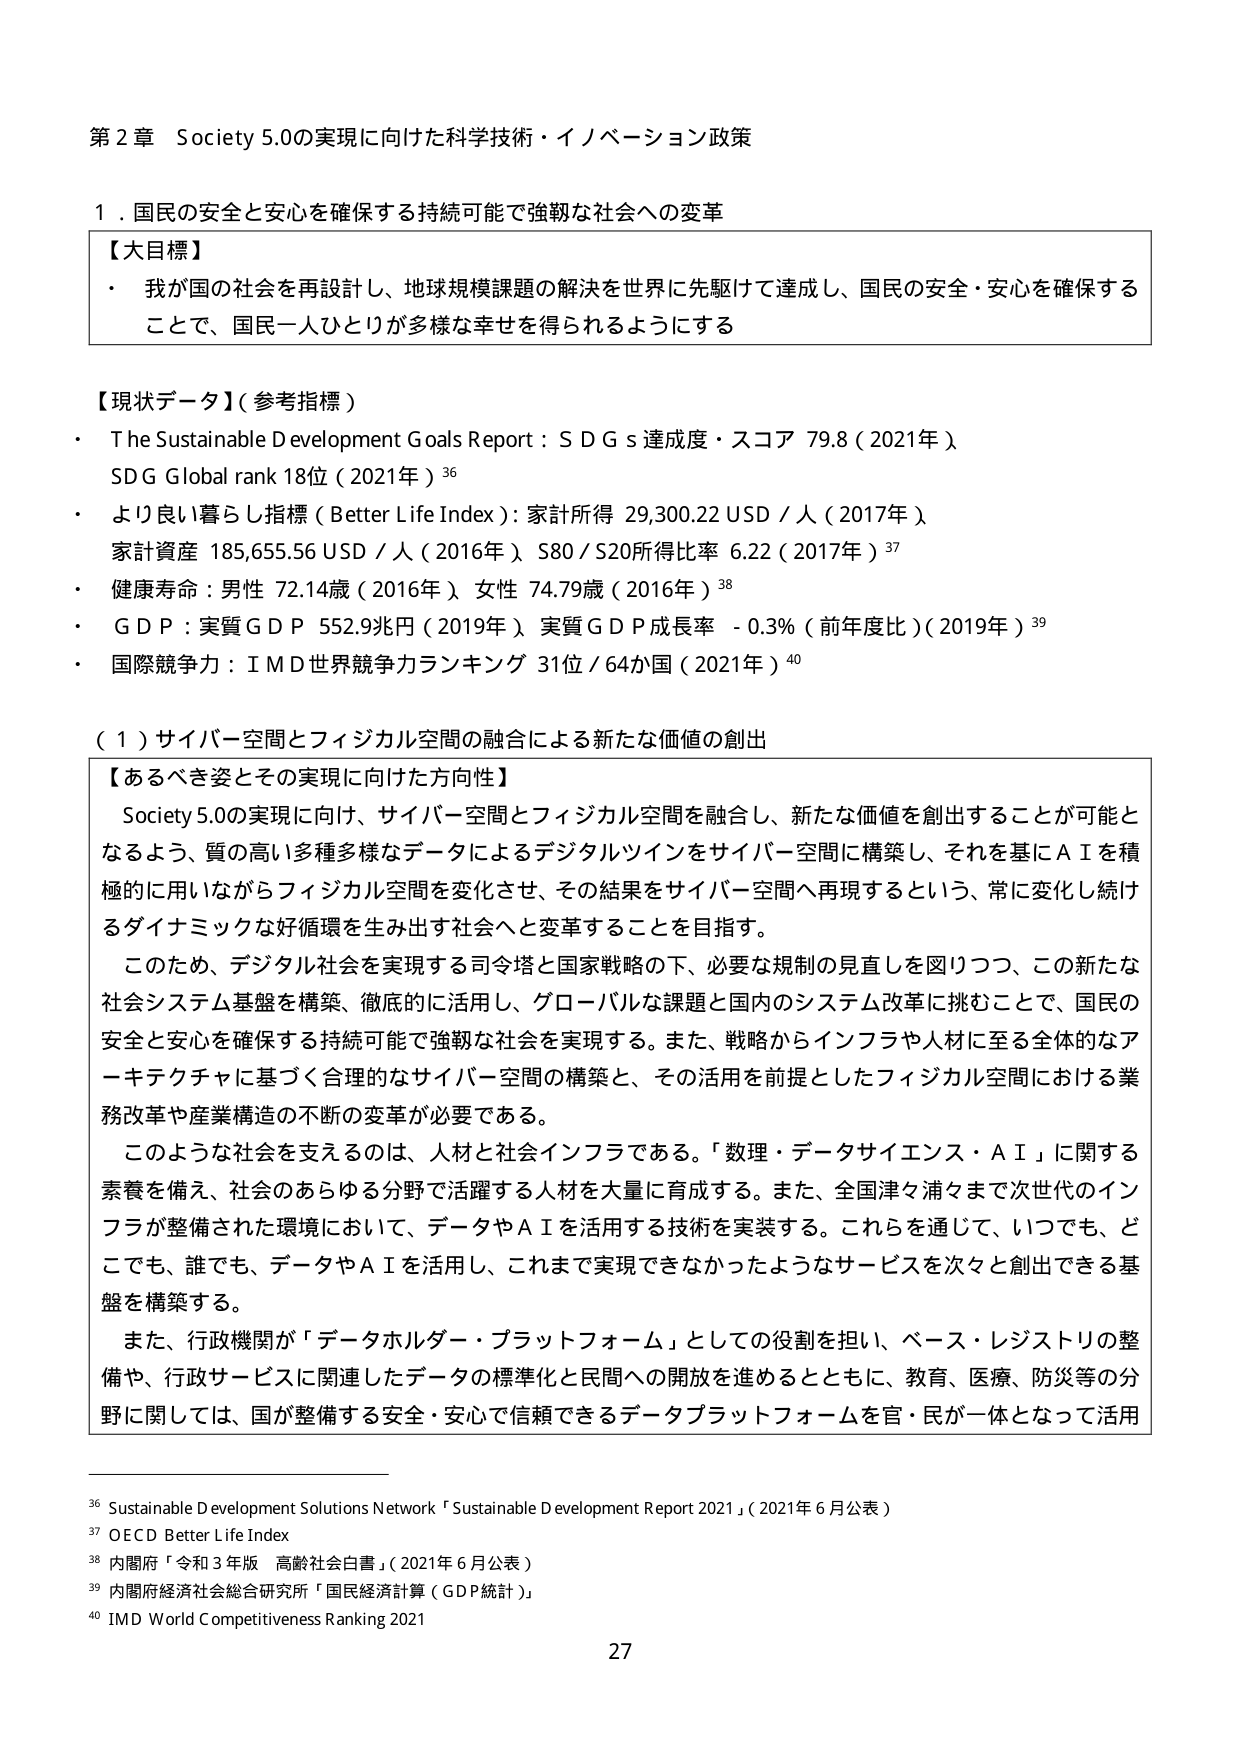
第２章 Society 5.0の実現に向けた科学技術・イノベーション政策

１．国民の安全と安心を確保する持続可能で強靭な社会への変革

【大目標】
・我が国の社会を再設計し、地球規模課題の解決を世界に先駆けて達成し、国民の安全・安心を確保することで、国民一人ひとりが多様な幸せを得られるようにする

【現状データ】（参考指標）
・The Sustainable Development Goals Report：ＳＤＧｓ達成度・スコア 79.8（2021年）
　SDG Global rank 18位（2021年）36
・より良い暮らし指標（Better Life Index）：家計所得 29,300.22 USD／人（2017年）
　家計資産 185,655.56 USD／人（2016年）、S80／S20所得比率 6.22（2017年）37
・健康寿命：男性 72.14歳（2016年）、女性 74.79歳（2016年）38
・ＧＤＰ：実質ＧＤＰ 552.9兆円（2019年）、実質ＧＤＰ成長率 -0.3％（前年度比）（2019年）39
・国際競争力：ＩＭＤ世界競争力ランキング 31位／64か国（2021年）40

（１）サイバー空間とフィジカル空間の融合による新たな価値の創出

【あるべき姿とその実現に向けた方向性】
　Society 5.0の実現に向け、サイバー空間とフィジカル空間を融合し、新たな価値を創出することが可能となるよう、質の高い多種多様なデータによるデジタルツインをサイバー空間に構築し、それを基にＡＩを積極的に用いながらフィジカル空間を変化させ、その結果をサイバー空間へ再現するという、常に変化し続けるダイナミックな好循環を生み出す社会へと変革することを目指す。
　このため、デジタル社会を実現する司令塔と国家戦略の下、必要な規制の見直しを図りつつ、この新たな社会システム基盤を構築、徹底的に活用し、グローバルな課題と国内のシステム改革に挑むことで、国民の安全と安心を確保する持続可能で強靭な社会を実現する。また、戦略からインフラや人材に至る全体的なアーキテクチャに基づく合理的なサイバー空間の構築と、その活用を前提としたフィジカル空間における業務改革や産業構造の不断の変革が必要である。
　このような社会を支えるのは、人材と社会インフラである。「数理・データサイエンス・ＡＩ」に関する素養を備え、社会のあらゆる分野で活躍する人材を大量に育成する。また、全国津々浦々まで次世代のインフラが整備された環境において、データやＡＩを活用する技術を実装する。これらを通じて、いつでも、どこでも、誰でも、データやＡＩを活用し、これまで実現できなかったようなサービスを次々と創出できる基盤を構築する。
　また、行政機関が「データホルダー・プラットフォーム」としての役割を担い、ベース・レジストリの整備や、行政サービスに関連したデータの標準化と民間への開放を進めるとともに、教育、医療、防災等の分野に関しては、国が整備する安全・安心で信頼できるデータプラットフォームを官・民が一体となって活用

36 Sustainable Development Solutions Network「Sustainable Development Report 2021」（2021年6月公表）
37 OECD Better Life Index
38 内閣府「令和3年版 高齢社会白書」（2021年6月公表）
39 内閣府経済社会総合研究所「国民経済計算（GDP統計）」
40 IMD World Competitiveness Ranking 2021

27